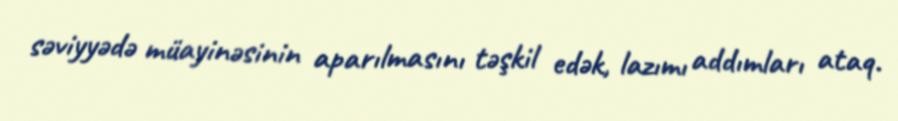
səviyyədə müayinəsinin aparılmasını təşkil edək, lazımı addımları ataq.